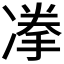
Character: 𱐉